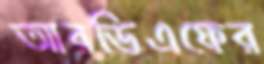
আরডিএফের